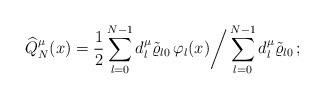
\begin{align*}\widehat Q_N^\mu(x)= \frac 1 2 \sum_{l=0}^{N-1} d_l^\mu\tilde \varrho_{l0}\,\varphi_l(x)\bigg/\sum_{l=0}^{N-1} d_l^\mu\tilde \varrho_{l0}\,; \end{align*}